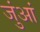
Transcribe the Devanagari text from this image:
जुंआं